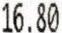
16.80